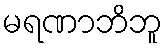
မရဏာဘိဘူ